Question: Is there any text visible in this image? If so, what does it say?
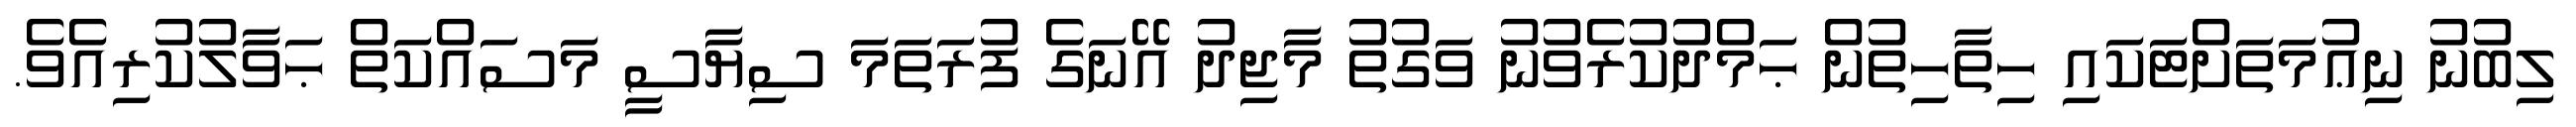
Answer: ލިބުނު ނިޢުމަތަށްޓަކައި ހިތާހިތުން ޙަމްދުކުރެވުނު ވަގުތު މާޖިދު އޭނަގެ ފުރަތަމަ ސިޔާސީ މަސައްކަތް ޙަވާލުކުރިއެވެ.